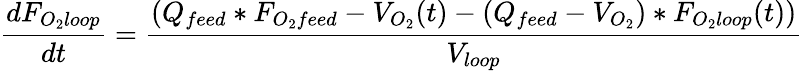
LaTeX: {\frac{dF_{O_{2}loop}}{dt}}={\frac{(Q_{feed}*F_{O_{2}feed}-V_{O_{2}}(t)-(Q_{feed}-V_{O_{2}})*F_{O_{2}loop}(t))}{V_{loop}}}